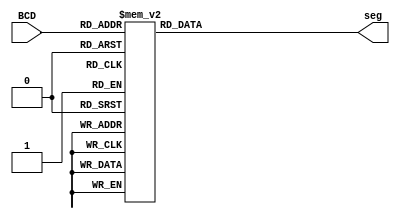
module BCD27segA(
	input [3:0] BCD,
	output reg [6:0] seg
	);
	
	always @(BCD)
	begin
		case (BCD)
			0: seg <= 7'b0000001;
			1: seg <= 7'b1001111;
			2: seg <= 7'b0010010;
			3: seg <= 7'b0000110;
			4: seg <= 7'b1001100;
			5: seg <= 7'b0100100;
			6: seg <= 7'b0100000;
			7: seg <= 7'b0001111;
			8: seg <= 7'b0000000;
			9: seg <= 7'b0000100;
			default: seg <= 7'b1111111;
		endcase
	end
endmodule